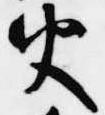
火